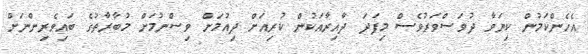
އެހެންކަމުން ކިޔަވާ ދުވަސްވަރުވެސް މިފަދަ ދާއިރާއަކުން ކުރިއަށް ދިއުމަށް ވިސްނުމަށް މުބާރާތުގެ ބައިވެރިންނަށް